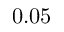
0 . 0 5